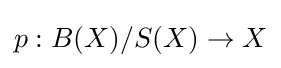
p:B(X)/S(X)\to X